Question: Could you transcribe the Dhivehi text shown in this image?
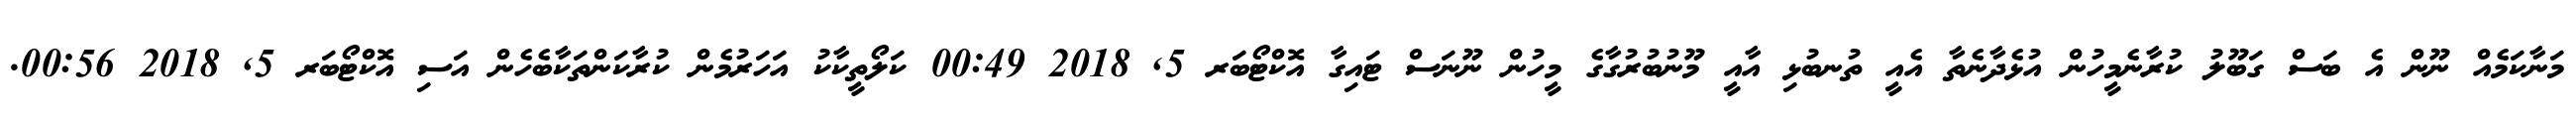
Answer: މަނާކަމެއް ނޫން އެ ބަސް ގަބޫލު ކުރާނެމީހުން އުޅެދާނެތާ އެއީ ތުނބުޅި އާއީ މޫނުބުރުގާގެ މީހުން ނޫނަސް ޓައިގާ އޮކްޓޯބަރ 5, 2018 00:49 ކަލޯތީކާކު އަހަރުމެން ކުރާކަންތަކާބެހެން އަސި އޮކްޓޯބަރ 5, 2018 00:56.